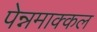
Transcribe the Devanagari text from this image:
पेन्नमाक्कल